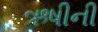
ઋષીની